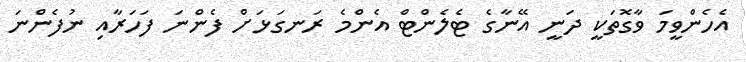
އެހެންވީމަ ވާގޮތަކީ ދަނީ އޭނާގެ ޓެލެންޓް އެންމެ ރަނގަޅަށް ފެންނަ ފަހަރާއި ނުފެންނަ